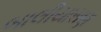
બાલીયાસણ